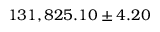
1 3 1 , 8 2 5 . 1 0 \pm 4 . 2 0